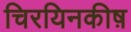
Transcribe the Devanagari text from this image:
चिरयिनकीष़